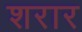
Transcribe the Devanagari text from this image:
शरार